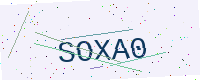
Text: SOXA0